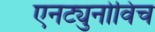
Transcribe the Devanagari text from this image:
एनट्युनोविच